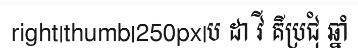
right|thumb|250px|ប ដា វី គីប្រជុំ ឆ្នាំ